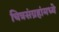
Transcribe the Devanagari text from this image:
चित्रसंग्रहांमध्ये